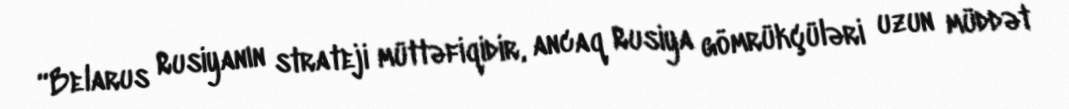
“Belarus Rusiyanın strateji müttəfiqidir, ancaq Rusiya gömrükçüləri uzun müddət